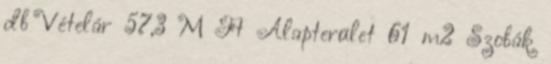
db Vételár 57,3 M Ft Alapterület 61 m2 Szobák